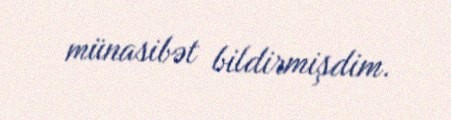
münasibət bildirmişdim.